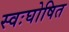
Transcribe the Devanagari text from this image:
स्वःघोषित